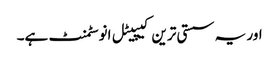
اور یہ سستی ترین کیپیٹل انوسٹمنٹ ہے۔